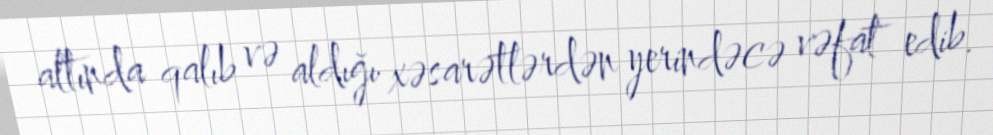
altında qalıb və aldığı xəsarətlərdən yerindəcə vəfat edib.